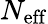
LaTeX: {N_{\mathrm{eff}}}